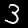
Label: 3